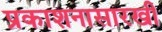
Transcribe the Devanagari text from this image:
प्रकाशनासारखी